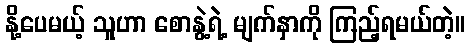
နို့ပေမယ့် သူဟာ စောနွဲ့ရဲ့ မျက်နှာကို ကြည့်ရမယ်တဲ့။